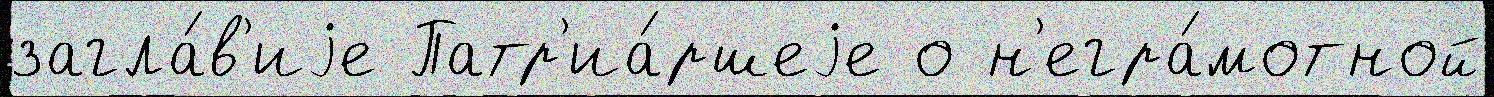
загла́в'иjе Патр'иа́ршеjе о н'егра́мотной